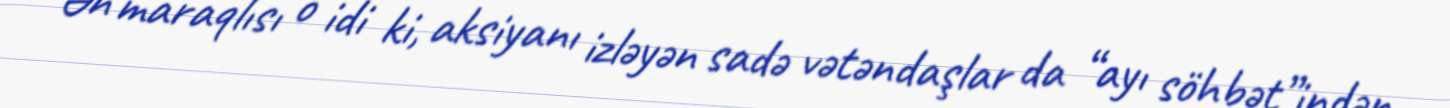
Ən maraqlısı o idi ki, aksiyanı izləyən sadə vətəndaşlar da “ayı söhbət”indən